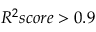
R ^ { 2 } s c o r e > 0 . 9